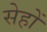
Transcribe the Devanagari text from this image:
सेहों